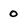
Character: 0